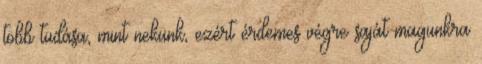
több tudása, mint nekünk, ezért érdemes végre saját magunkra